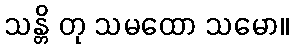
သန္တိ တု သမထော သမော။